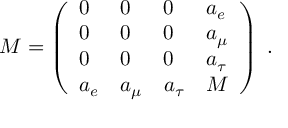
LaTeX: { \cal M } = \left( \begin{array} { l l l l } { { 0 } } & { { 0 } } & { { 0 } } & { { a _ { e } } } \\ { { 0 } } & { { 0 } } & { { 0 } } & { { a _ { \mu } } } \\ { { 0 } } & { { 0 } } & { { 0 } } & { { a _ { \tau } } } \\ { { a _ { e } } } & { { a _ { \mu } } } & { { a _ { \tau } } } & { { M } } \end{array} \right) \; .